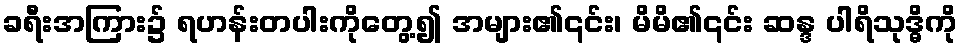
ခရီးအကြား၌ ရဟန်းတပါးကိုတွေ့၍ အများ၏၎င်း၊ မိမိ၏၎င်း ဆန္ဒ ပါရိသုဒ္ဓိကို